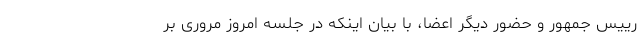
رییس جمهور و حضور دیگر اعضا، با بیان اینکه در جلسه امروز مروری بر